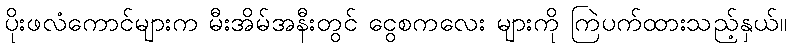
ပိုးဖလံကောင်များက မီးအိမ်အနီးတွင် ငွေစကလေး များကို ကြဲပက်ထားသည့်နှယ်။